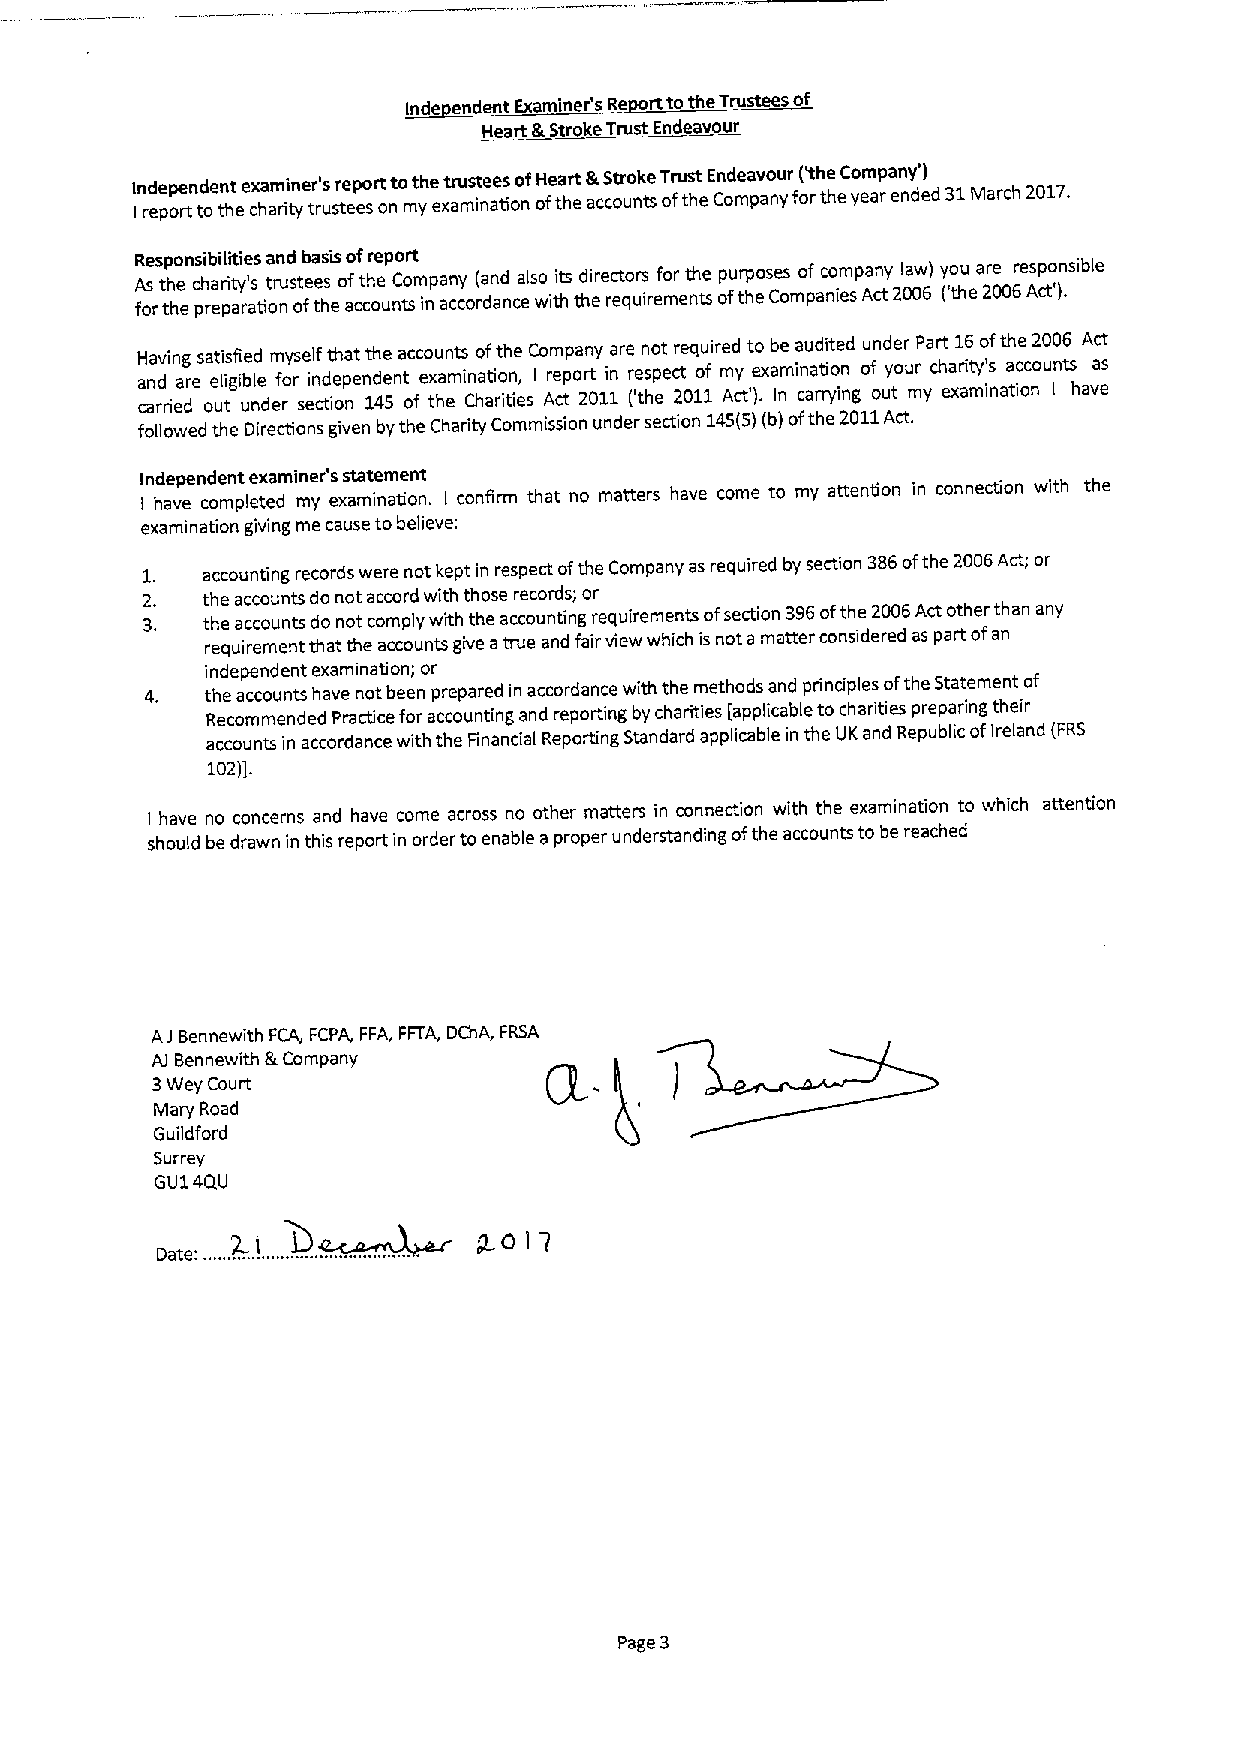
Inde endent Examiner's Re rttothe Trustees of
 Heart(k Stroke Trust Endeavour
 In rd ee pp oe rtnd te ont theex cha am rii tn yer t's rusr tee ep sort onto mt yhe ext aru ms it ne ae ts ionof oH fe ta hr et & accS otr uo nk tse T or fu ts ht eE Cn od mea pv ao nu yr fo(' rth te heC yo em ap ran ey n' de) d 31March 2017.
 I
 Responsibilities and basis ofreport
 A fos rt th he
 e
 c ph ra er pi aty r' as tiot nrus ote fe ts heo af ct ch oe unC tsom inpa an cy cor( da an nd ceals wo ithits thdi ere rc eto qurs iremfo er nt th se op fur tp ho ese Cs omo pf anco iem spa An cy
 t
 2l 0a 0w 6) y ('o thu ea 2re 006re Asp co tn ')s .ible
 H a cn aa rdv ri in eg a dresa oet ui ls i tgfi ie b ud l ne dem rfoy rs se el if n ctd it e oh p na et ndt 1h e 4e n 6ta oc fc eo x tu han emts in Cao hti af o rt n ih t, ie esC Io Arm e cpp ta on r 2ty 01ina 1re r (e 'tn s hpo eet cr 2te 0q 1oui 1fre md Ay ctt ')eo .xab Im ne ina cau atd ri roi yt ne ind
 g
 ou fn od uye tor u mrP ya cr ht ea xr1 ait6 my' io s nf at tih a oce nco2 u0 n0 It6 s haA vac est
 followed the Directions given by the Charity Commission under section 145(S)(b)ofthe 2011Act.
 I In hd ae vp eend ce on mt plee tx ea dmin me yr's exs at mat ie nm ate ion nt .
 I
 congrm that no matters have come to my attention in connection with the
 examination giving me cause tobelieve:
 1.  accounting records were not kept in respect ofthe Company as required by section 386ofthe 2006Act; or
 2.  the accounts do not accord with those records; or
 3.  the accounts do not comply with the accounting requirements ofsection 396ofthe 2006Act other than any
 requirement that the accounts give atrue and fair view which is not a matter considered as part ofan
 independent examination; or
 the accounts have not been prepared in accordance with the methods and principles ofthe Statement of
 Recommended Practice for accounting and reporting by charities [applicable to charities preparing their
 accounts in accordance with the Financial Reporting Standard applicable in the UKand Republic ofireland (FRS
 102)].
 have no concerns and have come across no other matters in connection with the examination to which attention
 I should be drawn in this report in order toenable a proper understanding ofthe accounts to be reached
 AJBennewith FCA, FCPA, FFA, FFTA, DChA, FRSA
 Al Bennewith IkCompany
 3Wey Court
 Mary Road
 Guildford
 Surrey
 GU14QU
 b.
 Date: ......2.-..l..... ~xhyyul~ g C) I 7
 Page 3